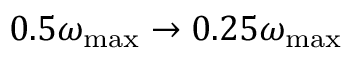
0 . 5 \omega _ { \mathrm { m a x } } \to 0 . 2 5 \omega _ { \mathrm { m a x } }